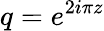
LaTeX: q=e^{2i\pi z}